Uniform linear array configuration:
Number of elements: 4
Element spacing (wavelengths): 1
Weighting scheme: cosine
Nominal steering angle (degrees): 45
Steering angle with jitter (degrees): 44.652
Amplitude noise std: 0.05
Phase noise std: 0.05

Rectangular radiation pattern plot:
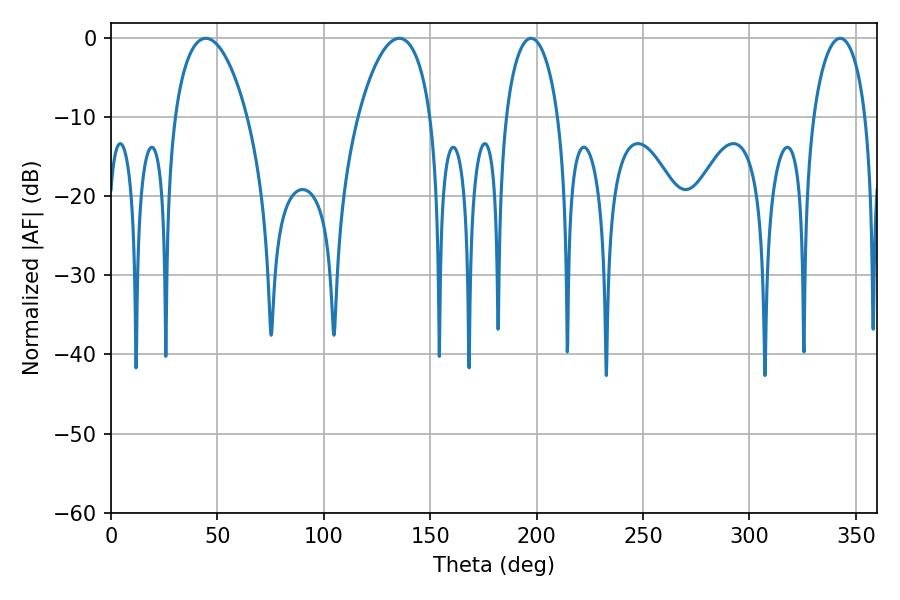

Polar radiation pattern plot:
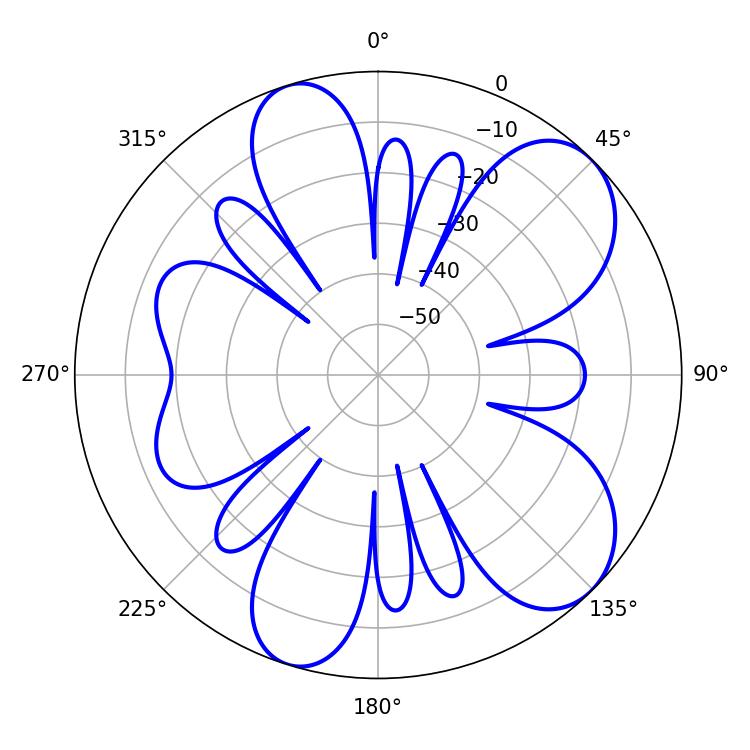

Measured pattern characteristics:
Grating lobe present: TRUE
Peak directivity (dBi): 8.013
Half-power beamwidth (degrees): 19.26
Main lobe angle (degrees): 44.46